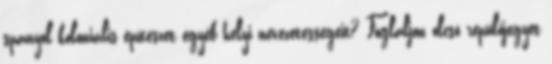
spanyol koloniális építészet egyéb helyi nevezetességeit? Foglaljon olcsó repülőjegyet